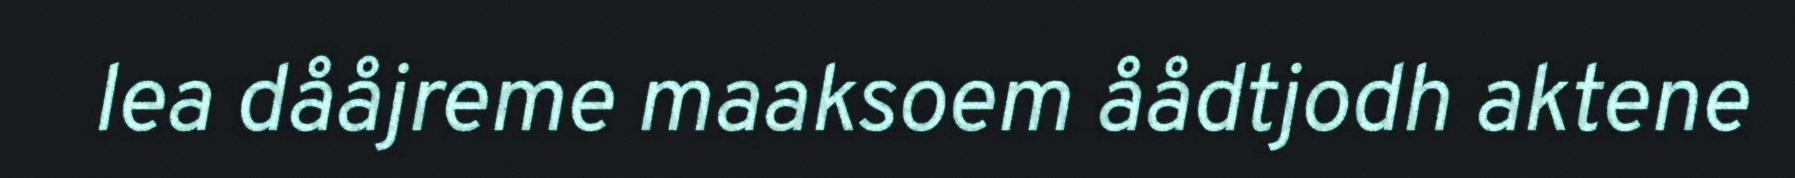
lea dååjreme maaksoem åådtjodh aktene